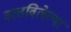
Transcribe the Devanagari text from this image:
वाचविलेल्या